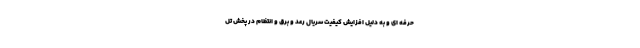
حرفه ای و به دلیل افزایش کیفیت سریال رعد و برق و انتظام در پخش تل